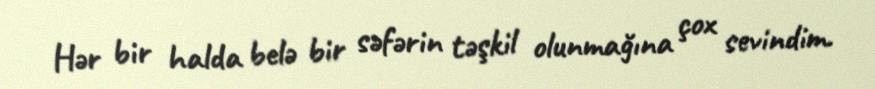
Hər bir halda belə bir səfərin təşkil olunmağına çox sevindim.